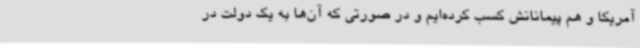
آمریکا و هم پیمانانش کسب کرده‌ایم و در صورتی که آن‌ها به یک دولت در